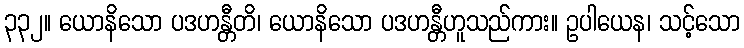
၃၃၂။ ယောနိသော ပဒဟန္တီတိ၊ ယောနိသော ပဒဟန္တီဟူသည်ကား။ ဥပါယေန၊ သင့်သော